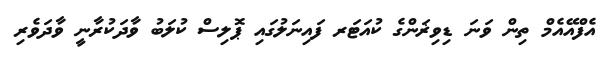
އެފްއޭއެމް ތިން ވަނަ ޑިވިޜަންގެ ކުއަޓަރ ފައިނަލުގައި ޕޮލިސް ކުލަބު ވާދަކުރާނީ ވާދަވެރި